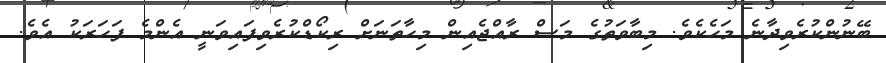
ބޭނުންކުރެވިދާނެ މަހެކެވެ. މިބާވަތުގެ މަސް ރާއްޖެއިން މިހާތަނަށް ރިކޯޑްކުރެވިފައިވަނީ އެންމެ ފަހަރަކު އެވެ.